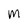
Character: m